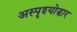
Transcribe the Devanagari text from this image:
अस्पॄश्योद्धार